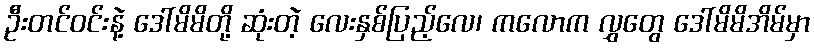
ဦးတင်ဝင်းနဲ့ ဒေါ်မိမိတို့ ဆုံးတဲ့ လေးနှစ်ပြည့်လေ၊ ကလောက လွှတွေ ဒေါ်မိမိအိမ်မှာ